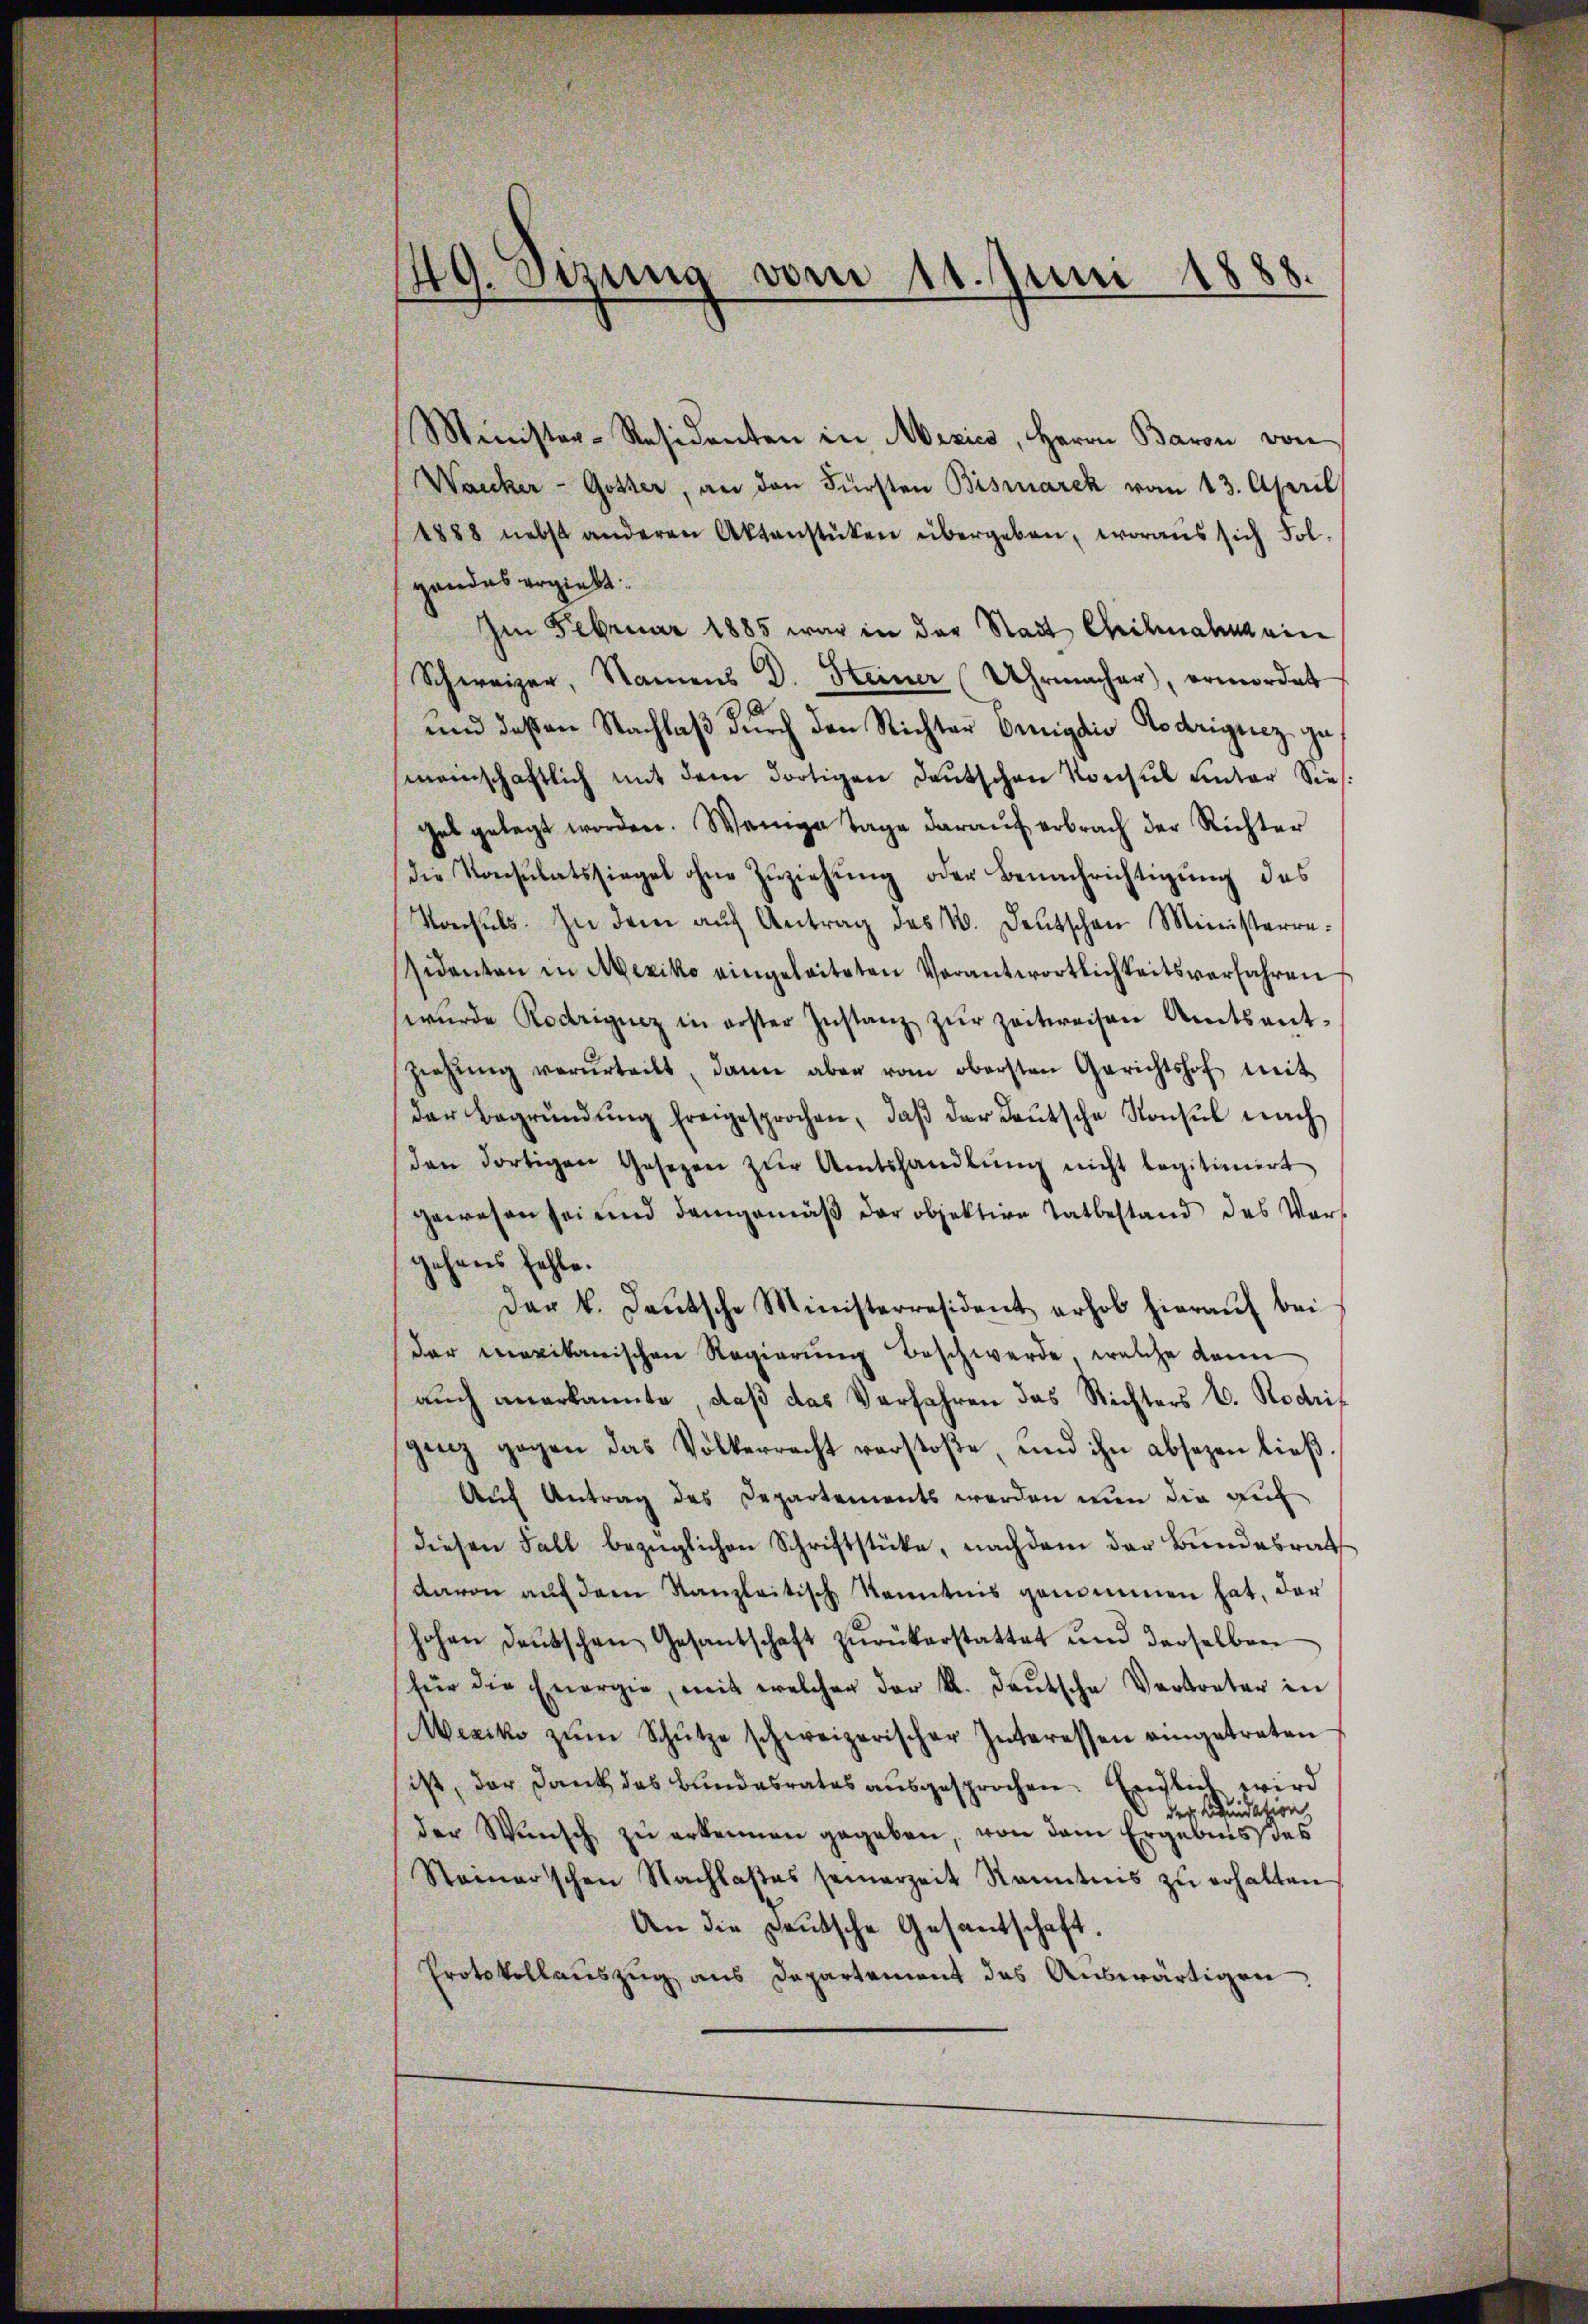
49. Sizung
vom 11. Juni 1888.

Minister-Residenten in Mexico, Herrn Baron von
Wacker - Gotter, an den Fürsten Bismarck vom 13. April
1888 nebst anderen Aktenstüken übergeben, woraus sich Fol-
gandes ergiebt:
Im Februar 1885 war in der Stadt Chilnahm ein
Schweizer, Namens D. Steiner (Uhrmacher), ermordet
und deßen Nachlaβ dŭrch den Richter Benigdio Lodriguez gumeinschaftlich mit dem dortigen Deutschen Konsul unter Sie
gel gelegt worden. Wenige Tage daraŭf erbrach der Richter
die Konsulatssiegel ohne Zuziehung oder Benachrichtigung des
Vonhŭls. In dem aŭf Antrag des N. Deutschen Ministerresidanten in Mexiko eingeleiteten Verantwortlichkeitsverfahren
wŭrde Rodriguez in erster Instanz zŭr Zeitweisen Amtsant-
Ziehŭng verurteilt, dann aber vom obersten Gerichtshof mit
der Begründŭng freigesprochen, daβ der Deutsche Konsul nach
den dortigen Gesezen zŭr Amtshandlŭng nicht legitimirt
gewesen sei und demgemäβ der objektive Tatbestand des Vors
gehens fehle.
Der k. Deutsche Ministerresident erhob hieraŭf bei
der maxikanischen Regierung beschwerde, welche dann
auch anerkannte, daß das Verfahren das Richters E. Rodrigenz gegen das Volkerrecht verstoβe, und ihn absagen ließ.
Auf Antrag des Departements werden nun die auf
diesen Fall bezüglichen Schriftstücke, nachdem der Bundesrath
davon aŭf dem Kanzleitisch kenntnis genommen hat, der
hohen Deutschen Gesantschaft zŭrükerstattet und derselben
für die Energie, mit welcher der K. deŭtsche Vertreter in
Mexiko zŭm Schütze schweizerischer Interessen eingetreten
ist, der Dank des Bundesrates ausgesprochen. Endlich wird
 der Liquidation
der Wŭnsch zŭ erkennen gegeben, von dem Ergebnis des
Steinerschen Nachlaβes seinerzeit kanntnis zŭ erhalten
An die Deutsche Gesantschaft.
Protokollaŭszŭg ans Departement des Aŭswärtigen,